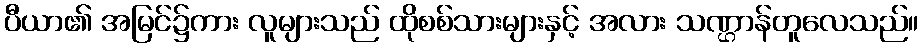
ပီယာ၏ အမြင်၌ကား လူများသည် ထိုစစ်သားများနှင့် အလား သဏ္ဌာန်တူလေသည်။